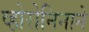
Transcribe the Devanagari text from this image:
व्होरोनिनाने